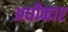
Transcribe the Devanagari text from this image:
अधीकार